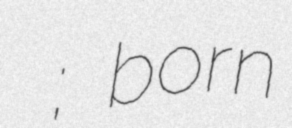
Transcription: Гамзатович Гаджимагомедов; born